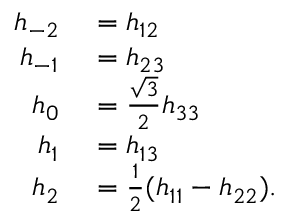
\begin{array} { r l } { h _ { - 2 } } & { { } = h _ { 1 2 } } \\ { \ h _ { - 1 } } & { { } = h _ { 2 3 } } \\ { h _ { 0 } } & { { } = \frac { \sqrt { 3 } } { 2 } h _ { 3 3 } } \\ { h _ { 1 } } & { { } = h _ { 1 3 } } \\ { h _ { 2 } } & { { } = \frac 1 2 ( h _ { 1 1 } - h _ { 2 2 } ) . } \end{array}